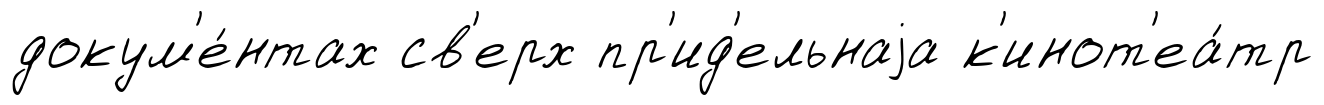
докум'е́нтах св'ерх пр'ид'ельнаjа к'инот'еа́тр